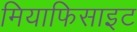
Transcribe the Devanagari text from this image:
मियाफिसाइट